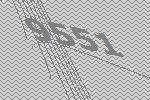
9551